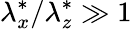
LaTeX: \lambda_{x}^{\ast}/\lambda_{z}^{\ast}\gg 1